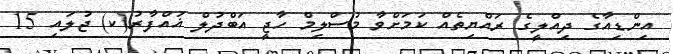
އިންޑިއާގެ ދިއްލީގެ ރައްޔިތެއް ކަމަށްވާ މުސްލިމް ހާޖީ އަބްދުލް ޣައްފާރު(ކ) ޖުލައި 15